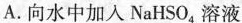
A.向水中加入NaHSO_{4}溶液